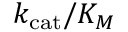
k _ { \mathrm { c a t } } / K _ { M }